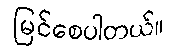
မြင်စေပါတယ်။